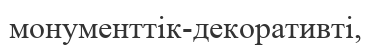
монументтік-декоративті,